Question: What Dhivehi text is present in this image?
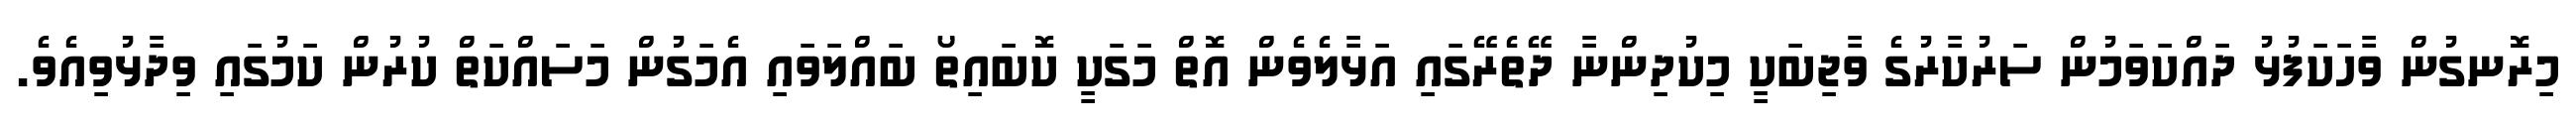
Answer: މިރޮނގުން ވާހަކަފުޅު ދައްކަވަމުން ސަރުކާރުގެ ވާޖިބަކީ މިކުދިންނާ ދޭތެރޭގައި އަޅާލެވެން އޮތް މަގަކީ ކޮބައިތޯ ބައްލަވައި އެމަގުން މަސައްކަތް ކުރުން ކަމުގައި ވިދާޅުވިއެވެ.